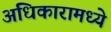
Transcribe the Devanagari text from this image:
अधिकारामध्ये